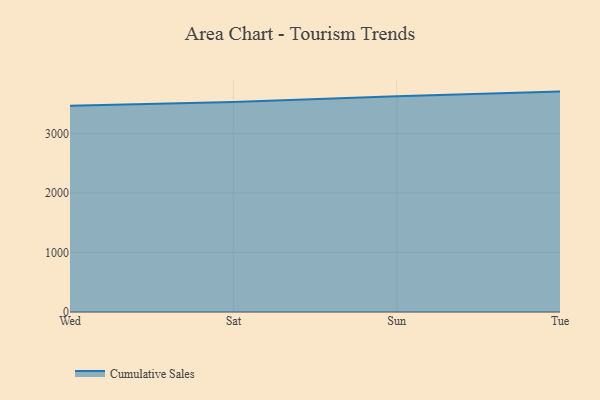
{"axis": {"x": "Day", "y": "Temperature (°C)"}, "legend": ["Cumulative Sales"], "data": [{"x": "Wed", "y": 3462.2, "type": "Cumulative Sales"}, {"x": "Sat", "y": 3526.7, "type": "Cumulative Sales"}, {"x": "Sun", "y": 3623.8, "type": "Cumulative Sales"}, {"x": "Tue", "y": 3700.4, "type": "Cumulative Sales"}]}